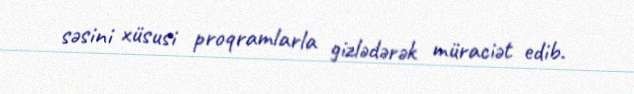
səsini xüsusi proqramlarla gizlədərək müraciət edib.